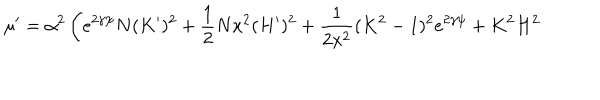
LaTeX: \mu ^ { \prime } = \alpha ^ { 2 } \left( e ^ { 2 \gamma \psi } N ( K ^ { \prime } ) ^ { 2 } + \frac { 1 } { 2 } N x ^ { 2 } ( H ^ { \prime } ) ^ { 2 } + \frac { 1 } { 2 x ^ { 2 } } ( K ^ { 2 } - 1 ) ^ { 2 } e ^ { 2 \gamma \psi } + K ^ { 2 } H ^ { 2 } \right. \, \nonumber